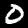
Digit: 0